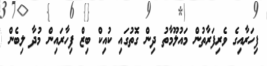
ފިހަރާއިގެ ވެރިފަރާތުން މައުލޫމާތު ދިން ގޮތުގައި ކުއިކް ބިޒް ފިހާރައިން މުދާ ލިބެން